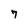
Character: 7